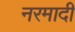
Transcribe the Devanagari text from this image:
नरमादी